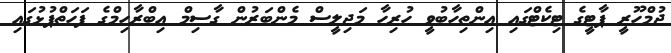
ޖުމްހޫރީ ޕާޓީގެ ޓިކެޓްގައި އިންތިހާބުވީ ހުރިހާ މަޖިލީސް މެންބަރުން ގާސިމް އިބްރާހިމްގެ ފަހަތްޕުޅުގައި